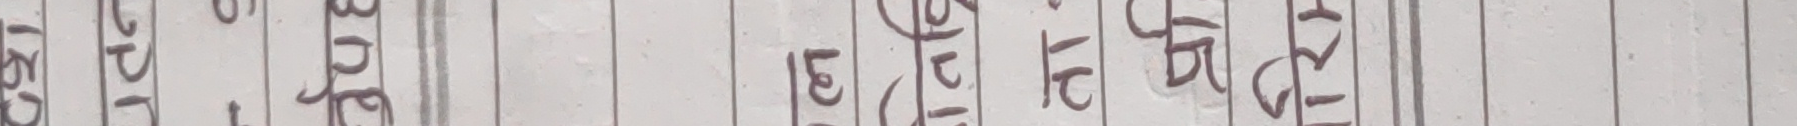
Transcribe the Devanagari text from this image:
८०२१५ ९९३४६ २१२१८ १२३५९ १७१८२